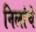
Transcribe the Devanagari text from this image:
निलांचे